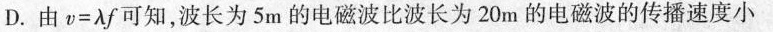
D.由$$v=\lambda f$$可知，波长为5m的电磁波比波长为20m的电磁波的传播速度小